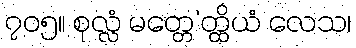
၇၀၅။ စုလ္လံ မတ္တေ’တ္ထိယံ လေသ၊